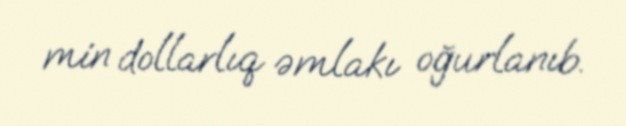
min dollarlıq əmlakı oğurlanıb.